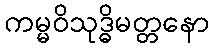
ကမ္မဝိသုဒ္ဓိမတ္တနော